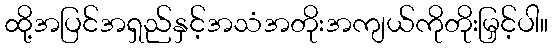
ထို့အပြင်အရှည်နှင့်အသံအတိုးအကျယ်ကိုတိုးမြှင့်ပါ။